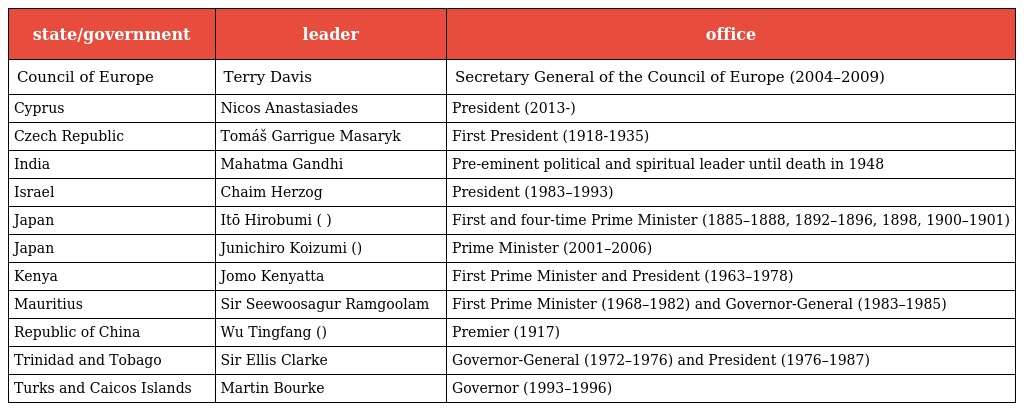
| state/government | leader | office |
 | --- | --- | --- |
 | Council of Europe | Terry Davis | Secretary General of the Council of Europe (2004–2009) |
 | Cyprus | Nicos Anastasiades | President (2013-) |
 | Czech Republic | Tomáš Garrigue Masaryk | First President (1918-1935) |
 | India | Mahatma Gandhi | Pre-eminent political and spiritual leader until death in 1948 |
 | Israel | Chaim Herzog | President (1983–1993) |
 | Japan | Itō Hirobumi (伊藤 博文) | First and four-time Prime Minister (1885–1888, 1892–1896, 1898, 1900–1901) |
 | Japan | Junichiro Koizumi (小泉純一郎) | Prime Minister (2001–2006) |
 | Kenya | Jomo Kenyatta | First Prime Minister and President (1963–1978) |
 | Mauritius | Sir Seewoosagur Ramgoolam | First Prime Minister (1968–1982) and Governor-General (1983–1985) |
 | Republic of China | Wu Tingfang (伍廷芳) | Premier (1917) |
 | Trinidad and Tobago | Sir Ellis Clarke | Governor-General (1972–1976) and President (1976–1987) |
 | Turks and Caicos Islands | Martin Bourke | Governor (1993–1996) |